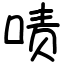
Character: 啧